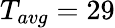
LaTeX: T_{avg}=29